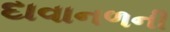
દાવાનળની